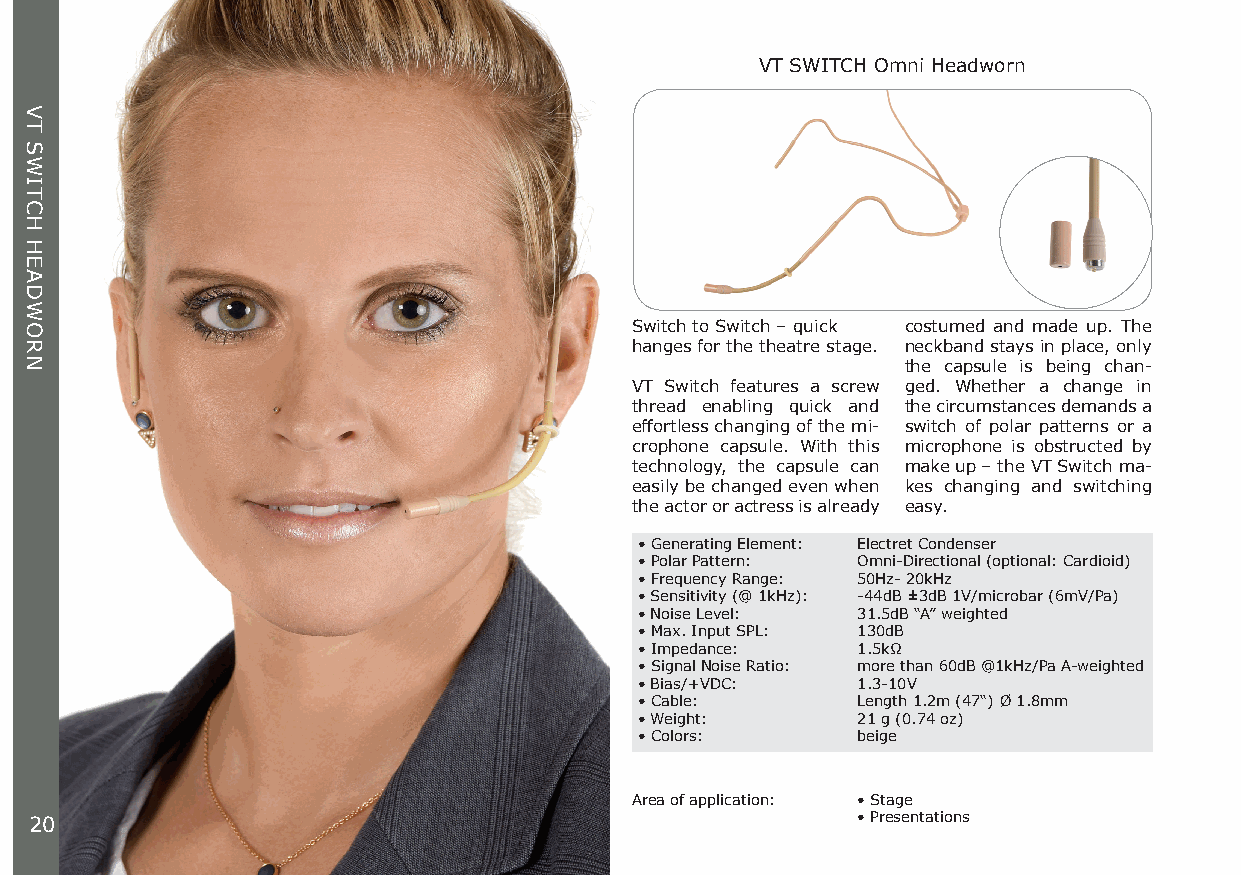
VT SWITCH Omni Headworn
 Switch to Switch – quick costumed and made up. The
 hanges for the theatre stage. neckband stays in place, only
 the capsule is being chan-
 VT Switch features a screw ged. Whether a change in
 thread enabling quick and the circumstances demands a
 effortless changing of the mi- switch of polar patterns or a
 crophone capsule. With this microphone is obstructed by
 technology, the capsule can make up – the VT Switch ma-
 easily be changed even when kes changing and switching
 the actor or actress is already easy.
 • Generating Element: Electret Condenser
 • Polar Pattern: Omni-Directional (optional: Cardioid)
 • Frequency Range: 50Hz- 20kHz
 • Sensitivity (@ 1kHz): -44dB ±3dB 1V/microbar (6mV/Pa)
 • Noise Level: 31.5dB “A” weighted
 • Max. Input SPL: 130dB
 • Impedance:   1.5kΩ
 • Signal Noise Ratio: more than 60dB @1kHz/Pa A-weighted
 • Bias/+VDC:   1.3-10V
 • Cable:       Length 1.2m (47“) Ø 1.8mm
 • Weight:      21 g (0.74 oz)
 • Colors:      beige
 Area of application: • Stage
 20                                                     • Presentations
 VT
 SWITCH
 HEADWORN